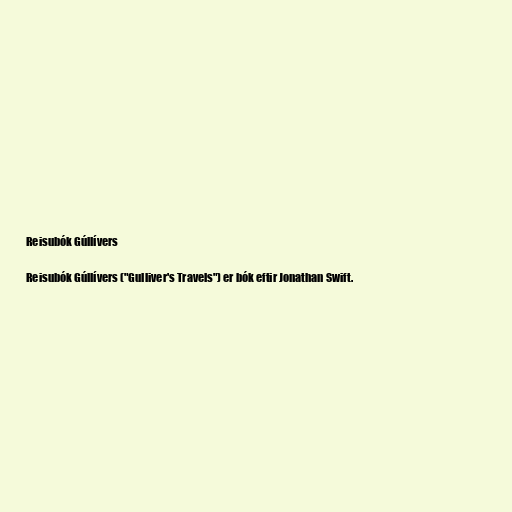
Reisubók Gúllívers

Reisubók Gúllívers ("Gulliver's Travels") er bók eftir Jonathan Swift.